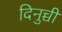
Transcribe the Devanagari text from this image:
दिनुच्ची